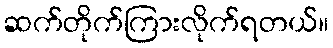
ဆက်တိုက်ကြားလိုက်ရတယ်။